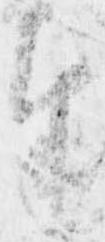
奉